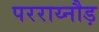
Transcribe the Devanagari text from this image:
परराय्नौड़